Report of the Imperial Institute of Veterinary Research, Muktesar
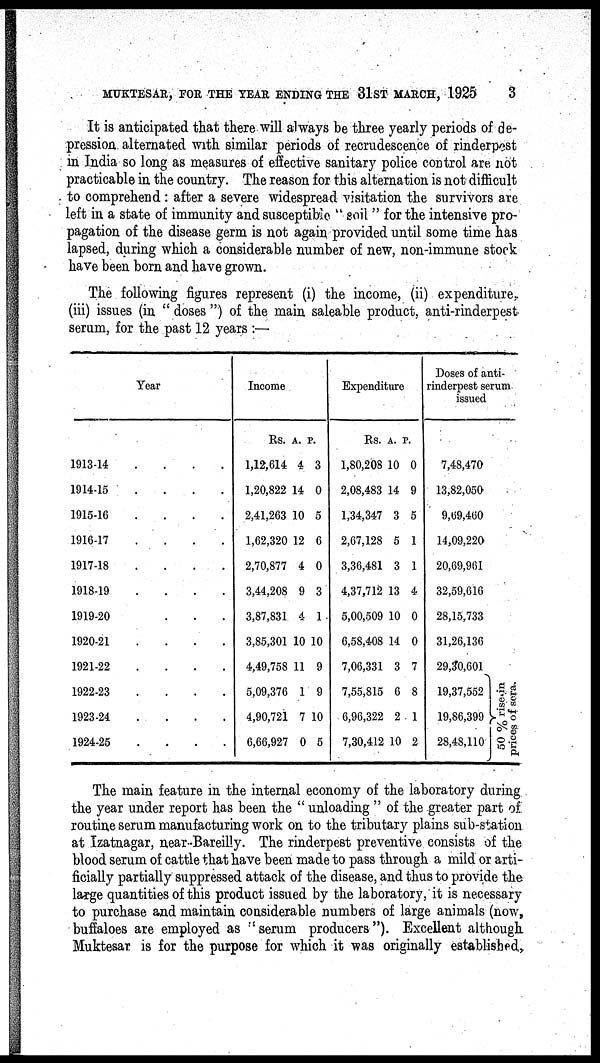
MUKTESAR, FOR THE YEAR ENDING THE 31ST MARCH, 1925
3
It is anticipated that there will always be three yearly periods of de-
pression alternated with similar periods of recrudescence of rinderpest
in India so long as measures of effective sanitary police control are not
practicable in the country. The reason for this alternation is not difficult
to comprehend : after a severe widespread visitation the survivors are
left in a state of immunity and susceptible " soil " for the intensive pro-
pagation of the disease germ is not again provided until some time has
lapsed, during which a considerable number of new, non-immune stock
have been born and have grown.
The following figures represent (i) the income, (ii) expenditure-
(iii) issues (in " doses") of the main saleable product, anti-rinderpest
serum, for the past 12 years :—
Year
1913-14
1914-15
1915-16
1916-17
1917-18
1918-19
1919-20
1920-21
1921-22
1922-23
1923-24
1924-25
.
.
.
.
.
.
.
.
.
.
.
.
.
.
.
.
.
.
.
.
.
.
.
.
.
.
.
.
.
.
.
.
.
.
.
.
.
.
.
.
.
.
.
.
.
.
.
.
Income
Rs.
1,12,614
1,20,822
2,41,263
1,62,320
2,70,877
3,44,208
3,87,831
3,85,301
4,49,758
5,09,376
4,90,721
6,66,927
A.
4
14
10
12
4
9
4
10
11
1
7
0
P.
3
0
5
6
0
3
1
10
9
9
10
5
Expenditure
Rs.
1,80,208
2,08,483
1,34,347
2,67,128
3,36,481
4,37,712
5,00,509
6,58,408
7,06,331
7,55,815
6,96,322
7,30,412
A.
10
14
3
5
3
13
10
14
3
6
2
10
P.
0
9
5
1
1
4
0
0
7
8
1
2
Doses of anti-
rinderpest serum
issued
7,48,470
13,82,050
9,69,460
14,09,220
20,69,961
32,59,616
28,15,733
31,26,136
29,30,601
19,37,552
19,86,399 }50 % rise in prices of sera
28,48,110
The main feature in the internal economy of the laboratory during
the year under report has been the " unloading " of the greater part of.
routine serum manufacturing work on to the tributary plains sub-station
at Izatnagar, near Bareilly. The rinderpest preventive consists of the
blood serum of cattle that have been made to pass through a mild or arti-
ficially partially suppressed attack of the disease, and thus to provide the
large quantities of this product issued by the laboratory, it is necessary
to purchase and maintain considerable numbers of large animals (now,
buffaloes are employed as " serum producers"). Excellent although
Muktesar is for the purpose for which it was originally established,